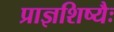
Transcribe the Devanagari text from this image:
प्राज्ञशिष्यैः